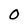
Character: 0